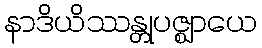
နာဒိယိဿန္တုပဇ္ဈာယေ